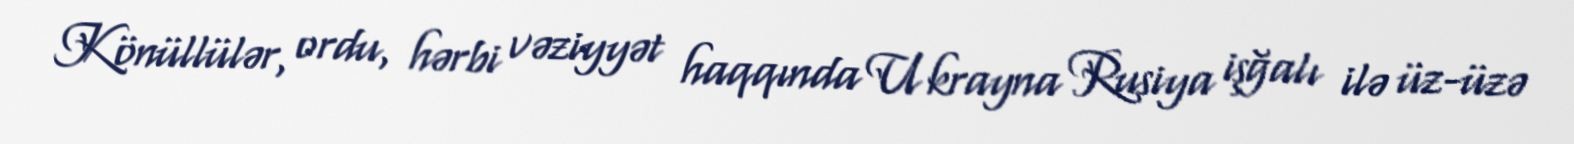
Könüllülər, ordu, hərbi vəziyyət haqqında Ukrayna Rusiya işğalı ilə üz-üzə